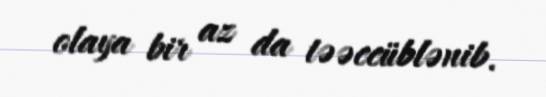
olaya bir az da təəccüblənib.